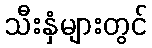
သီးနှံများတွင်